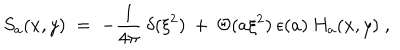
S _ { a } ( x , y ) \; = \; - \frac { 1 } { 4 \pi } \: \delta ( \xi ^ { 2 } ) \: + \: \Theta ( a \xi ^ { 2 } ) \: \epsilon ( a ) \: H _ { a } ( x , y ) \; ,